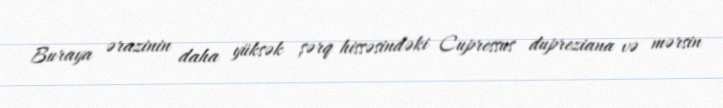
Buraya ərazinin daha yüksək şərq hissəsindəki Cupressus dupreziana və mərsin